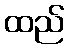
ထည်